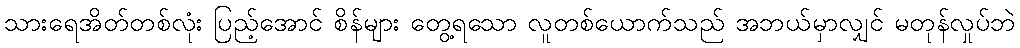
သားရေအိတ်တစ်လုံး ပြည့်အောင် စိန်များ တွေ့ရသော လူတစ်ယောက်သည် အဘယ်မှာလျှင် မတုန်လှုပ်ဘဲ